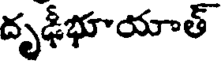
దృఢీభూయాత్